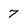
Character: 7